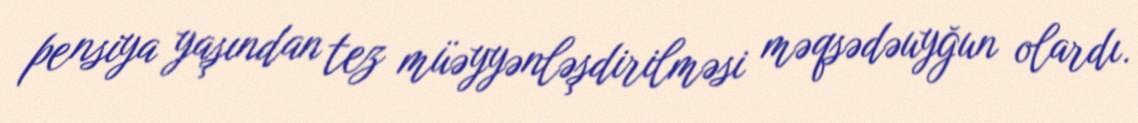
pensiya yaşından tez müəyyənləşdirilməsi məqsədəuyğun olardı.